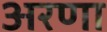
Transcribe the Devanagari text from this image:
अरणा